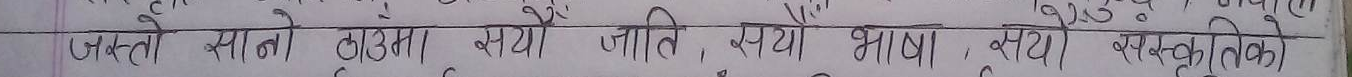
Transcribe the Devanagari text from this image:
जस्तो स्थान, ठाउँमा, सयौँ जाति, सयौँ भाषा, सयौँ संस्कृति